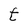
Character: t